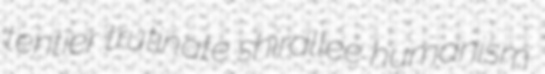
tentier trutinate shirallee humanism